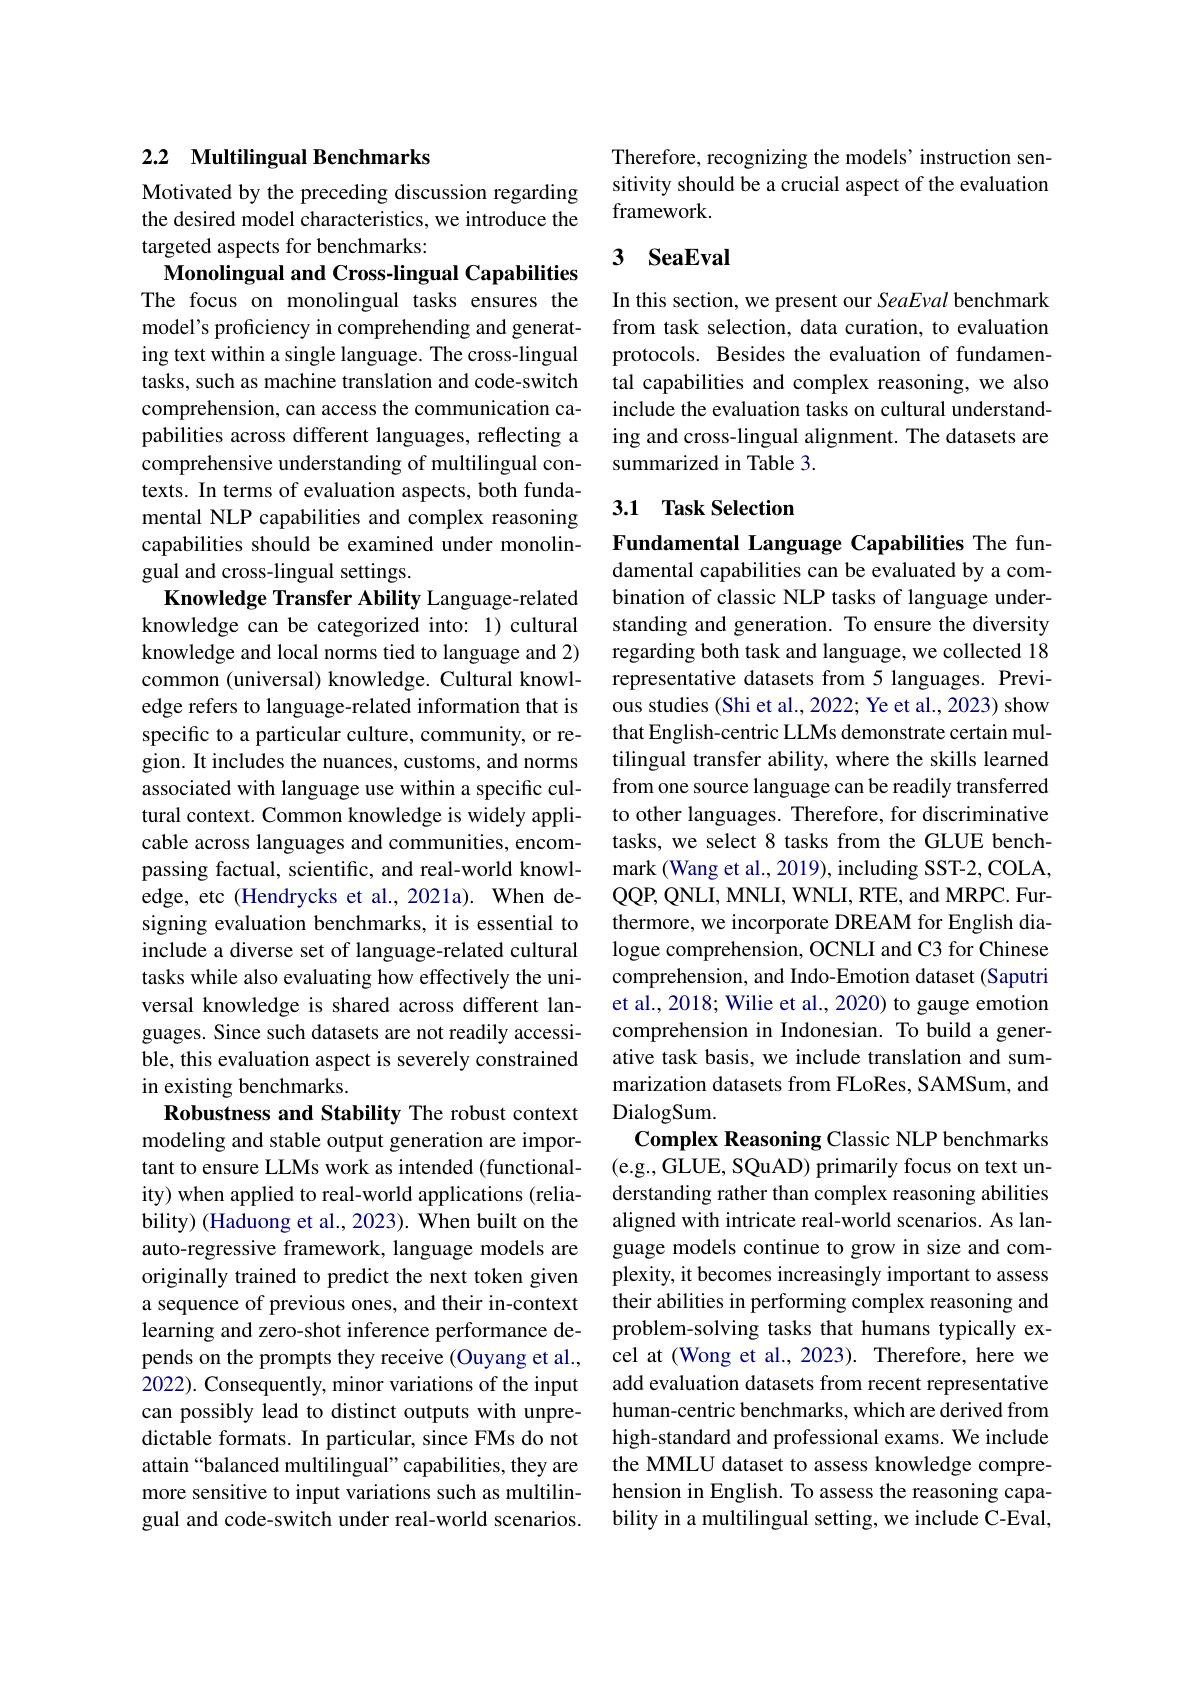
## 2.2 Multilingual Benchmarks

Motivated by the preceding discussion regarding the desired model characteristics, we introduce the targeted aspects for benchmarks:

Monolingual and Cross-lingual Capabilities The focus on monolingual tasks ensures the model's proficiency in comprehending and generating text within a single language. The cross-lingual tasks, such as machine translation and code-switch comprehension, can access the communication capabilities across different languages, reflecting a comprehensive understanding of multilingual contexts. In terms of evaluation aspects, both fundamental NLP capabilities and complex reasoning capabilities should be examined under monolingual and cross-lingual settings.
Knowledge Transfer Ability Language-related knowledge can be categorized into: 1) cultural knowledge and local norms tied to language and 2) common (universal) knowledge. Cultural knowledge refers to language-related information that is specific to a particular culture, community, or region. It includes the nuances, customs, and norms associated with language use within a specific cultural context. Common knowledge is widely applicable across languages and communities, encompassing factual, scientific, and real-world knowledge, etc (Hendrycks et al., 2021a). When designing evaluation benchmarks, it is essential to include a diverse set of language-related cultural tasks while also evaluating how effectively the universal knowledge is shared across different languages. Since such datasets are not readily accessible, this evaluation aspect is severely constrained in existing benchmarks.
Robustness and Stability The robust context modeling and stable output generation are important to ensure LLMs work as intended (functionality) when applied to real-world applications (reliability) (Haduong et al., 2023). When built on the auto-regressive framework, language models are originally trained to predict the next token given a sequence of previous ones, and their in-context learning and zero-shot inference performance depends on the prompts they receive (Ouyang et al., 2022). Consequently, minor variations of the input can possibly lead to distinct outputs with unpredictable formats. In particular, since FMs do not attain “balanced multilingual”capabilities, they are more sensitive to input variations such as multilingual and code-switch under real-world scenarios.

Therefore, recognizing the models'instruction sensitivity should be a crucial aspect of the evaluation framework

## 3 SeaEval

In this section, we present our SeaEval benchmark from task selection, data curation, to evaluation protocols. Besides the evaluation of fundamental capabilities and complex reasoning, we also include the evaluation tasks on cultural understanding and cross-lingual alignment. The datasets are summarized in Table 3.

3.1 Task Selection

Fundamental Language Capabilities The fun-

damental capabilities can be evaluated by a combination of classic NLP tasks of language understanding and generation. To ensure the diversity regarding both task and language, we collected 18 representative datasets from 5 languages. Previous studies (Shi et al., 2022; Ye et al., 2023) show that English-centric LLMs demonstrate certain multilingual transfer ability, where the skills learned from one source language can be readily transferred to other languages. Therefore, for discriminative tasks, we select 8 tasks from the GLUE benchmark (Wang et al., 2019), including SST-2, COLA, QQP, QNLI, MNLI, WNLI, RTE, and MRPC. Furthermore, we incorporate DREAM for English dialogue comprehension, OCNLI and C3 for Chinese comprehension, and Indo-Emotion dataset (Saputri et al., 2018; Wilie et al., 2020) to gauge emotion comprehension in Indonesian. To build a generative task basis, we include translation and summarization datasets from FLoRes, SAMSum, and DialogSum.
Complex Reasoning Classic NLP benchmarks (e.g., GLUE, SQuAD) primarily focus on text understanding rather than complex reasoning abilities aligned with intricate real-world scenarios. As language models continue to grow in size and complexity, it becomes increasingly important to assess their abilities in performing complex reasoning and problem-solving tasks that humans typically excel at (Wong et al., 2023). Therefore, here we add evaluation datasets from recent representative human-centric benchmarks, which are derived from high-standard and professional exams. We include the MMLU dataset to assess knowledge comprehension in English. To assess the reasoning capability in a multilingual setting, we include C-Eval,